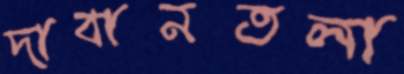
দাবানতলা